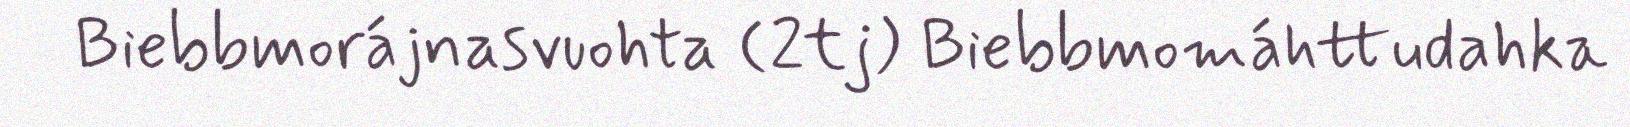
Biebbmorájnasvuohta (2tj) Biebbmomáhttudahka